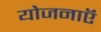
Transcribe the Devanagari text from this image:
योजनाऍं